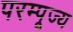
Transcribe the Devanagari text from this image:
परम्पूज्य